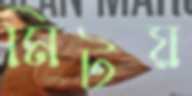
মিটয়